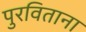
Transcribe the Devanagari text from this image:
पुरविताना